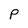
Character: P